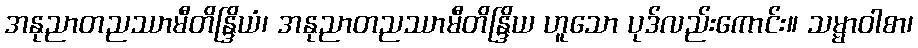
အနုညာတညဿာမီတိန္ဒြိယံ၊ အနုညာတညဿာမီတိန္ဒြိယ ဟူသော ပုဒ်လည်းကောင်း။ သမ္မာဝါစာ၊